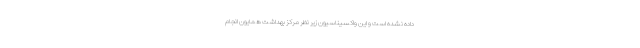
داده نشده است و این واکسیناسیون زیر نظر مرکز بهداشت همایون انجام